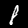
Label: 8